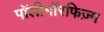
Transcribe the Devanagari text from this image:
पॉलीमॉरफिज़्म